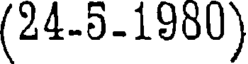
(24-5-1900)